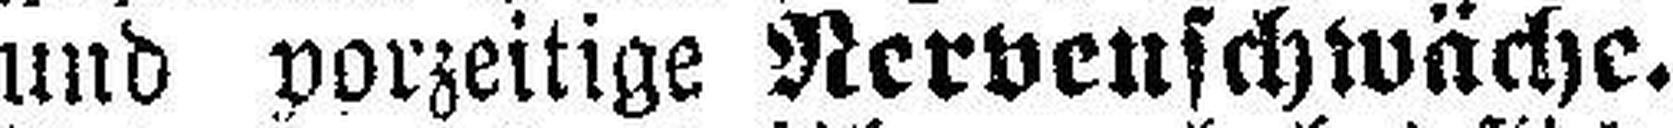
und vorzeitige Nervenschwäche.